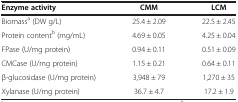
<table><thead><tr><td><b>Enzyme activity</b></td><td><b>CMM</b></td><td><b>LCM</b></td></tr></thead><tbody><tr><td>Biomass<sup>a</sup> (DW g/L)</td><td>25.4 ± 2.09</td><td>22.5 ± 2.45</td></tr><tr><td>Protein content<sup>b</sup> (mg/mL)</td><td>4.69 ± 0.05</td><td>4.25 ± 0.04</td></tr><tr><td>FPase (U/mg protein)</td><td>0.94 ± 0.11</td><td>0.51 ± 0.09</td></tr><tr><td>CMCase (U/mg protein)</td><td>1.15 ± 0.21</td><td>0.64 ± 0.11</td></tr><tr><td>β-glucosidase (U/mg protein)</td><td>3,948 ± 79</td><td>1,270 ± 35</td></tr><tr><td>Xylanase (U/mg protein)</td><td>36.7 ± 4.7</td><td>17.2 ± 1.9</td></tr></tbody></table>